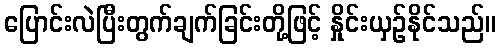
ပြောင်းလဲပြီးတွက်ချက်ခြင်းတို့ဖြင့် နှိုင်းယှဉ်နိုင်သည်။